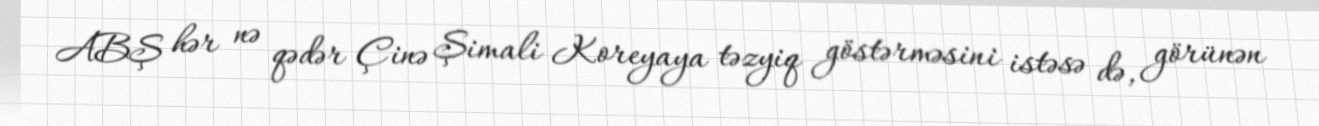
ABŞ hər nə qədər Çinə Şimali Koreyaya təzyiq göstərməsini istəsə də, görünən